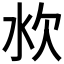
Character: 𰛐